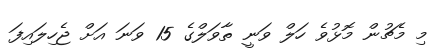
މި މެޗުން މޮޅުވެ ހަލް ވަނީ ތާވަލްގެ 15 ވަނަ އަށް ޖެހިލައިފަ